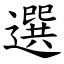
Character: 選